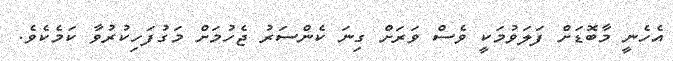
އެހެނީ މާބޮޑަށް ފަލަވުމަކީ ވެސް ވަރަށް ގިނަ ކެންސަރު ޖެހުމަށް މަގުފަހިކުރުވާ ކަމެކެވެ.